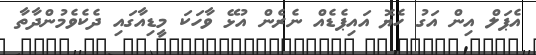
އެޕަލް އިން އަގު ހެޔޮ އައިޕެޑެއް ނެރެން އުޅޭ ވާހަކަ މީޑިއާގައި ދެކެވެމުންދާތާ